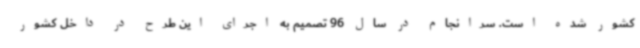
کشور شده است. سرانجام در سال 96 تصمیم به اجرای این طرح در داخل کشور